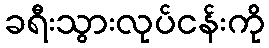
ခရီးသွားလုပ်ငန်းကို